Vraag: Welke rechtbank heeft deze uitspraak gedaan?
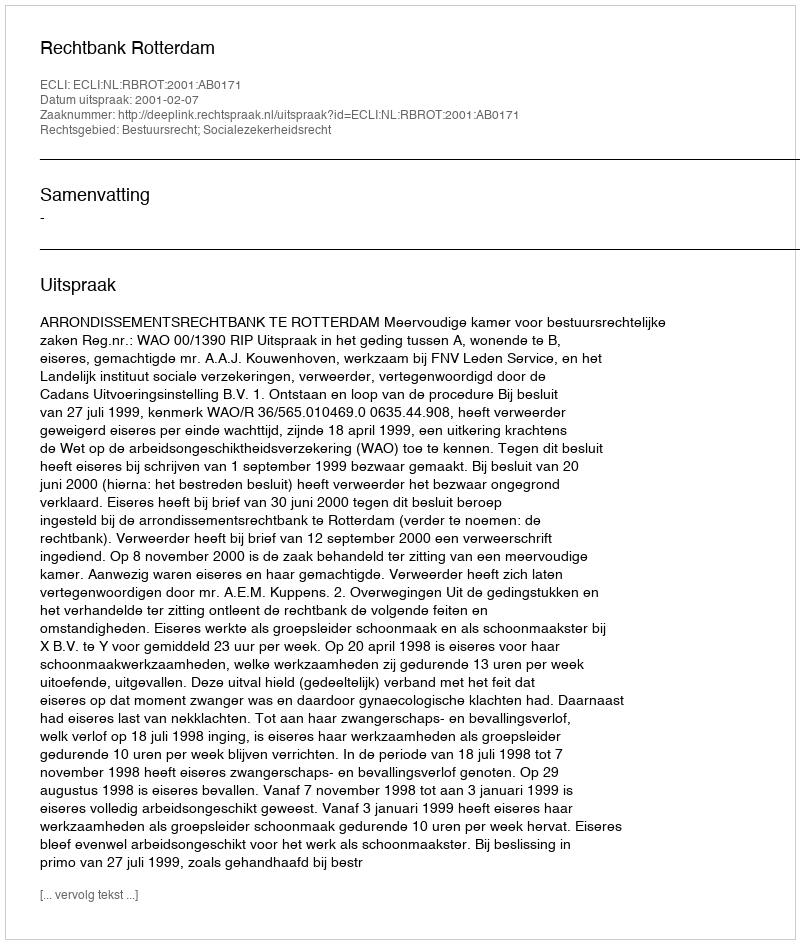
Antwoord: Rechtbank Rotterdam